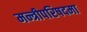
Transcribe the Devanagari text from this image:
मन्त्रीपरिषदमा